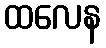
ထလေန